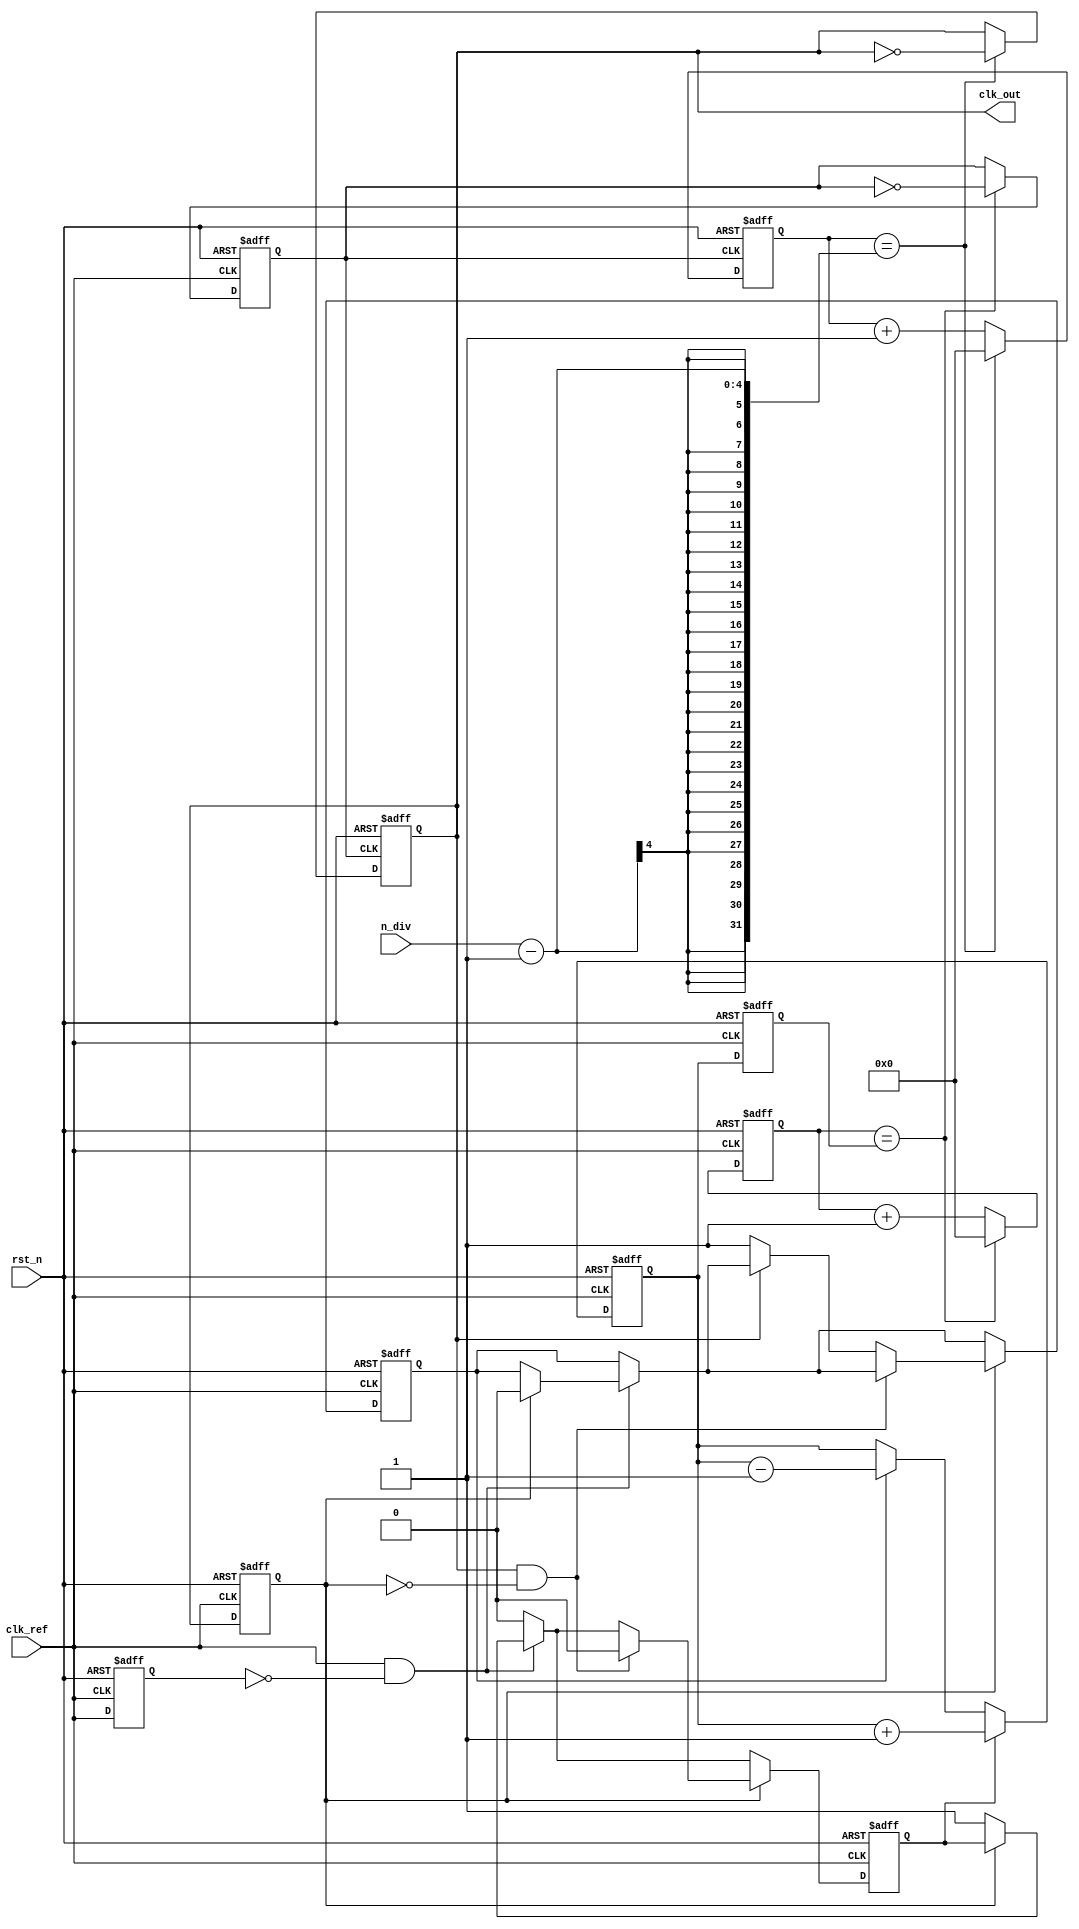
module integer_n_pll (
    input wire clk_ref,         // Reference clock input
    input wire rst_n,          // Active low reset
    input wire [3:0] n_div,    // Integer divider value (N)
    output wire clk_out        // Output clock
);

    // Phase Frequency Detector (PFD)
    reg pfd_up, pfd_down;
    reg ref_edge_prev, fb_edge_prev;
    
    always @(posedge clk_ref or negedge rst_n) begin
        if (!rst_n) begin
            pfd_up <= 0;
            pfd_down <= 0;
            ref_edge_prev <= 0;
            fb_edge_prev <= 0;
        end else begin
            // Detect rising edge of reference clock
            if (clk_ref && !ref_edge_prev) begin
                if (fb_edge_prev) begin
                    pfd_down <= 0; // Reset down signal
                end else begin
                    pfd_up <= 1; // Reference clock leads feedback clock
                end
            end else begin
                pfd_up <= 0;
            end
            ref_edge_prev <= clk_ref;

            // Detect rising edge of feedback clock
            if (fb_edge_prev) begin
                if (clk_out && !fb_edge_prev) begin
                    pfd_up <= 0; // Reset up signal
                end else if (!clk_out) begin
                    pfd_down <= 1; // Feedback clock leads reference clock
                end
            end
            fb_edge_prev <= clk_out; // Update previous feedback clock state
        end
    end

    // Charge Pump (CP)
    reg [7:0] charge_pump_out; // Control voltage from Charge Pump

    always @(posedge clk_ref or negedge rst_n) begin
        if (!rst_n) begin
            charge_pump_out <= 8'd0;
        end else begin
            if (pfd_up) begin
                charge_pump_out <= charge_pump_out + 1; // Increase control voltage
            end else if (pfd_down) begin
                charge_pump_out <= charge_pump_out - 1; // Decrease control voltage
            end
        end
    end

    // Loop Filter (LF) - Simple first-order filter
    reg [7:0] filter_output;

    always @(posedge clk_ref or negedge rst_n) begin
        if (!rst_n) begin
            filter_output <= 8'd0;
        end else begin
            // Simple proportional filter
            filter_output <= charge_pump_out; // Directly passing control voltage for simplicity
        end
    end

    // Voltage-Controlled Oscillator (VCO)
    reg [3:0] vco_counter;
    reg clk_vco;

    always @(posedge clk_ref or negedge rst_n) begin
        if (!rst_n) begin
            vco_counter <= 4'b0;
            clk_vco <= 0;
        end else begin
            if (vco_counter == filter_output) begin
                clk_vco <= ~clk_vco; // Toggle VCO output
                vco_counter <= 4'b0; // Reset counter
            end else begin
                vco_counter <= vco_counter + 1;
            end
        end
    end

    // Frequency Divider
    reg [3:0] div_counter;

    always @(posedge clk_vco or negedge rst_n) begin
        if (!rst_n) begin
            div_counter <= 4'b0;
            clk_out <= 0;
        end else begin
            if (div_counter == n_div - 1) begin
                clk_out <= ~clk_out; // Toggle output clock
                div_counter <= 4'b0; // Reset counter
            end else begin
                div_counter <= div_counter + 1;
            end
        end
    end

endmodule